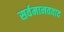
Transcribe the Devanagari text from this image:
सर्वमानववाद